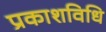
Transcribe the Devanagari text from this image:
प्रकाशविधि